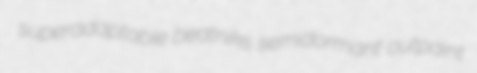
superadaptable beatniks semidormant outpaint